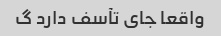
واقعا جای تآسف دارد گ